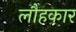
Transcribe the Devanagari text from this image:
लौहकार